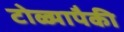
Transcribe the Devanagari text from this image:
टोळ्यापैकी